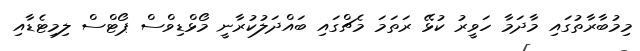
މިމުބާރާތުގައި މާދަމާ ހަވީރު ކުޅޭ ރަތަމަ މެޗްގައި ބައްދަލުކުރާނީ މޯޅްޑިވްސް ޕޯޓްސް ލިމިޓެޑާއި